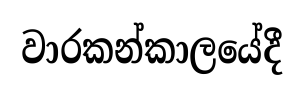
වාරකන්කාලයේදී